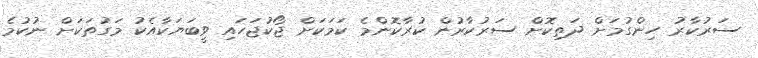
ސަރުކާރު ހިންގުމަށް ދަތިކޮށް ސަރުކާރުން ކުރާކޮންމެ ކަމަކަށް ޖޯކުޖަހައި ވީބަޔަކާއެކު މަގުތަކަށް ނުކުމެ